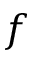
f